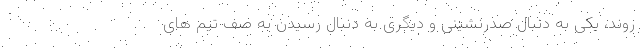
روند، یکی به دنبال صدرنشینی و دیگری به دنبال رسیدن به صف تیم های